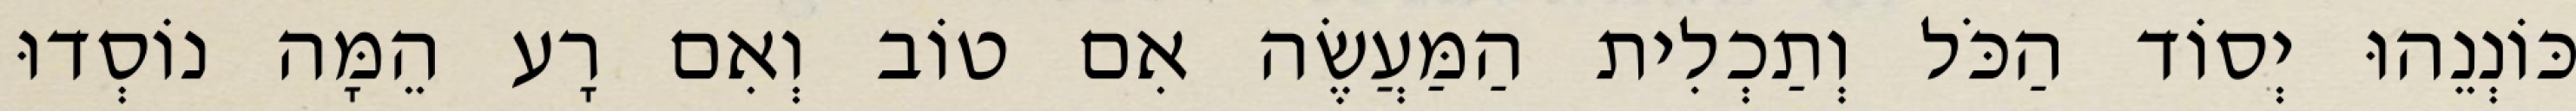
כּוֹנְנֵהוּ יְסוֹד הַכֹּל וְתַכְלִית הַמַּעֲשֶׂה אִם טוֹב וְאִם רָע הֵמָּה נוֹסְדוּ